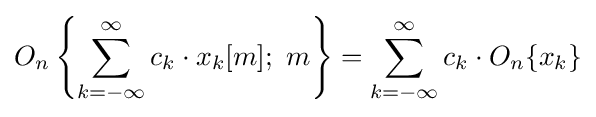
O_{n}\left\{\sum _{k=-\infty }^{\infty }c_{k}\cdot x_{k}[m];\ m\right\}=\sum _{k=-\infty }^{\infty }c_{k}\cdot O_{n}\{x_{k}\}